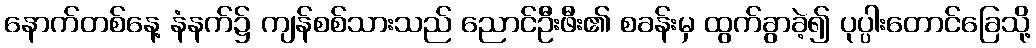
နောက်တစ်နေ့ နံနက်၌ ကျန်စစ်သားသည် ညောင်ဦးဖီး၏ စခန်းမှ ထွက်ခွာခဲ့၍ ပုပ္ပါးတောင်ခြေသို့